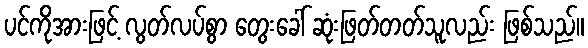
ပင်ကိုအားဖြင့် လွတ်လပ်စွာ တွေးခေါ် ဆုံးဖြတ်တတ်သူလည်း ဖြစ်သည်။